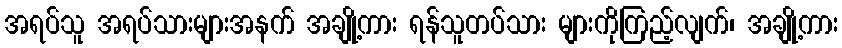
အရပ်သူ အရပ်သားများအနက် အချို့ကား ရန်သူတပ်သား များကိုကြည့်လျက်၊ အချို့ကား